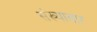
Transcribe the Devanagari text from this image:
संख्यावार